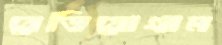
রেডিয়োগ্রাম